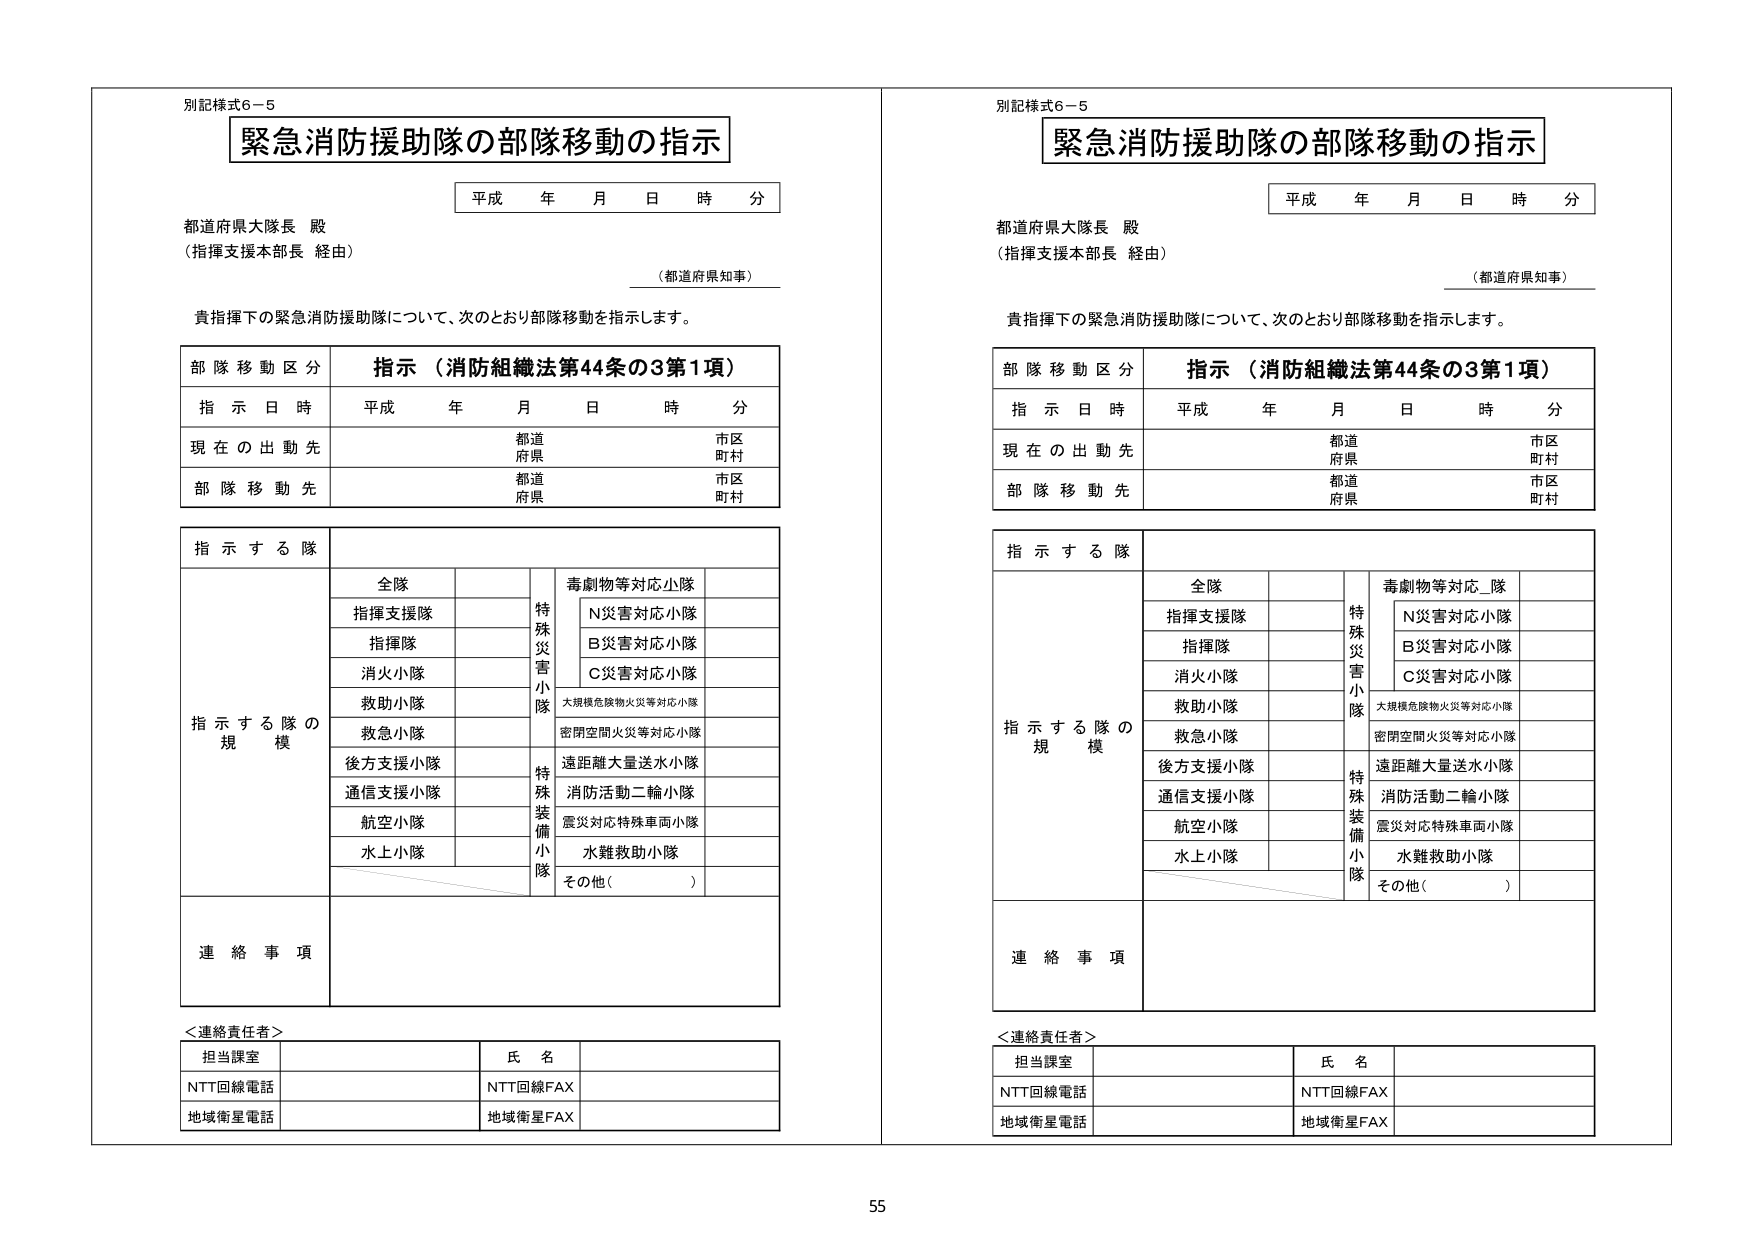
別記様式6－5
緊急消防援助隊の部隊移動の指示
平成 年 月 日 時 分
都道府県大隊長 殿
（指揮支援本部長 経由）
（都道府県知事）
貴指揮下の緊急消防援助隊について、次のとおり部隊移動を指示します。

部隊移動区分 指示（消防組織法第44条の3第1項）
指示日時 平成 年 月 日 時 分
現在の出動先 都道府県 市区町村
部隊移動先 都道府県 市区町村

指示する隊
指示する隊の規模
全隊
指揮支援隊
指揮隊
消火小隊
救助小隊
救急小隊
後方支援小隊
通信支援小隊
航空小隊
水上小隊
特殊災害小隊
毒劇物等対応小隊
N災害対応小隊
B災害対応小隊
C災害対応小隊
大規模危険物火災等対応小隊
密閉空間火災等対応小隊
遠距離大量送水小隊
消防活動二輪小隊
震災対応特殊車両小隊
水難救助小隊
その他（ ）
特殊装備小隊

連絡事項

＜連絡責任者＞
担当課室 氏名
NTT回線電話 NTT回線FAX
地域衛星電話 地域衛星FAX

別記様式6－5
緊急消防援助隊の部隊移動の指示
平成 年 月 日 時 分
都道府県大隊長 殿
（指揮支援本部長 経由）
（都道府県知事）
貴指揮下の緊急消防援助隊について、次のとおり部隊移動を指示します。

部隊移動区分 指示（消防組織法第44条の3第1項）
指示日時 平成 年 月 日 時 分
現在の出動先 都道府県 市区町村
部隊移動先 都道府県 市区町村

指示する隊
指示する隊の規模
全隊
指揮支援隊
指揮隊
消火小隊
救助小隊
救急小隊
後方支援小隊
通信支援小隊
航空小隊
水上小隊
特殊災害小隊
毒劇物等対応小隊
N災害対応小隊
B災害対応小隊
C災害対応小隊
大規模危険物火災等対応小隊
密閉空間火災等対応小隊
遠距離大量送水小隊
消防活動二輪小隊
震災対応特殊車両小隊
水難救助小隊
その他（ ）
特殊装備小隊

連絡事項

＜連絡責任者＞
担当課室 氏名
NTT回線電話 NTT回線FAX
地域衛星電話 地域衛星FAX

55